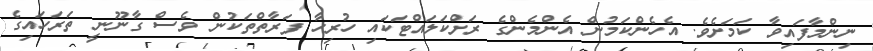
ނިންމާފައިވާ ކަމަށެވެ. އެހެންކަމުން އެންމެންގެ ރަށްކަލައްޓަކައި ހުރިހާ ފަރާތްތަކުން ވެސް ގާނޫނީ ތަރަހައިގެ